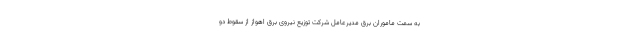
به سمت ماموران برق مدیرعامل شرکت توزیع نیروی برق اهواز از سقوط دو